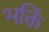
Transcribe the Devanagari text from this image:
भक्तिं